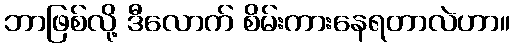
ဘာဖြစ်လို့ ဒီလောက် စိမ်းကားနေရတာလဲဟာ။